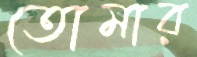
তোমার